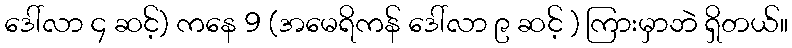
ဒေါ်လာ ၄ ဆင့်) ကနေ 9 (အမေရိကန် ဒေါ်လာ ၉ ဆင့် ) ကြားမှာဘဲ ရှိတယ်။